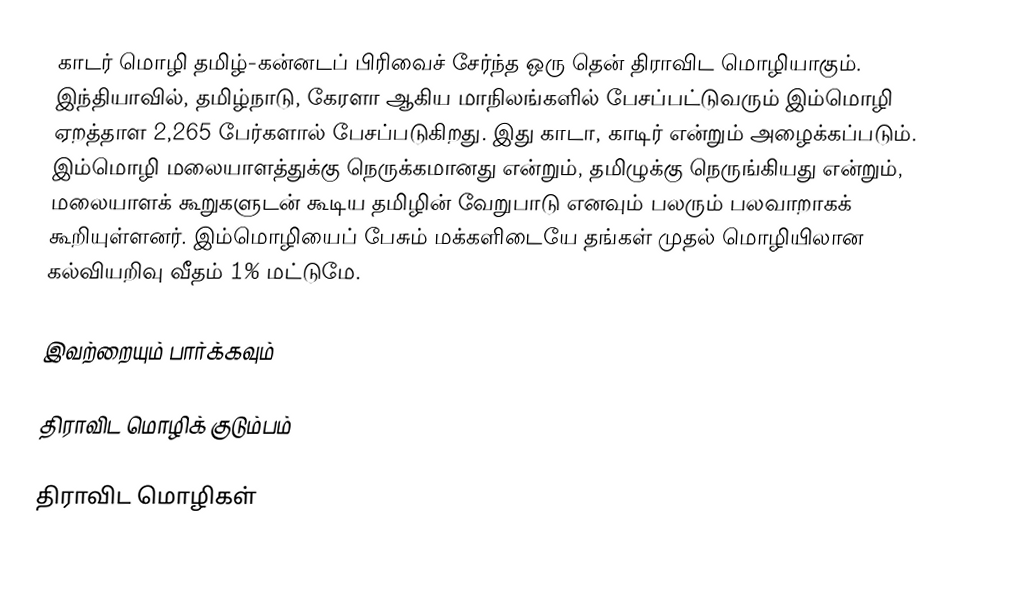
காடர் மொழி தமிழ்-கன்னடப் பிரிவைச் சேர்ந்த ஒரு தென் திராவிட மொழியாகும். இந்தியாவில், தமிழ்நாடு, கேரளா ஆகிய மாநிலங்களில் பேசப்பட்டுவரும் இம்மொழி ஏறத்தாள 2,265 பேர்களால் பேசப்படுகிறது. இது காடா, காடிர் என்றும் அழைக்கப்படும். இம்மொழி மலையாளத்துக்கு நெருக்கமானது என்றும், தமிழுக்கு நெருங்கியது என்றும், மலையாளக் கூறுகளுடன் கூடிய தமிழின் வேறுபாடு எனவும் பலரும் பலவாறாகக் கூறியுள்ளனர். இம்மொழியைப் பேசும் மக்களிடையே தங்கள் முதல் மொழியிலான கல்வியறிவு வீதம் 1% மட்டுமே.

இவற்றையும் பார்க்கவும்

 திராவிட மொழிக் குடும்பம்

திராவிட மொழிகள்